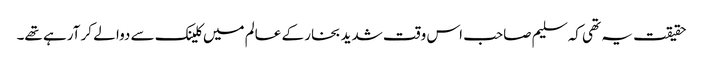
حقیقت یہ تھی کہ سلیم صاحب اس وقت شدید بخار کے عالم میں کلینک سے دوا لے کر آرہے تھے۔